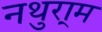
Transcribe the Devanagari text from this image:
नथुरा्म